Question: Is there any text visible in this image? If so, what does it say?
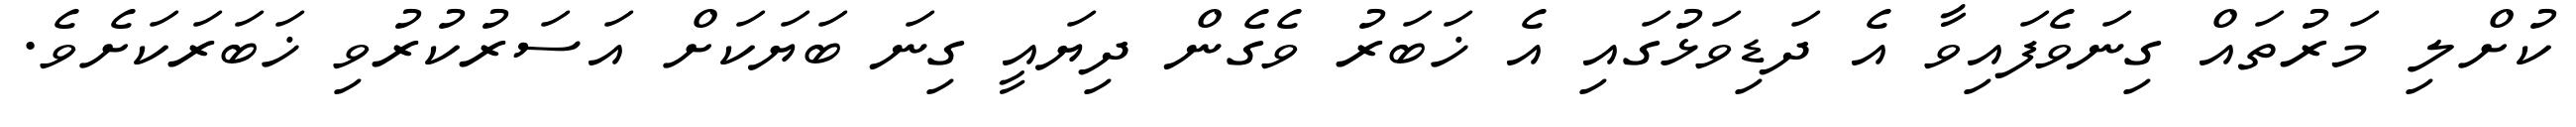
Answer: ކުށްލި މަރުތައް ގިނަވެފައިވާ އެ ދަޑިވަޅުގައި އެ ޚަބަރު ވެގެން ދިޔައީ ގިނަ ބަޔަކަށް އަސަރުކުރުވި ޚަބަރަކަށެވެ.